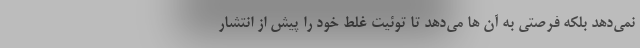
نمی‌دهد بلکه فرصتی به آن ها می‌دهد تا توئیت غلط خود را پیش از انتشار